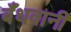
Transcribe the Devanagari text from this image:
बँधवानी